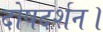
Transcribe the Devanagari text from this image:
दोषदर्शन।